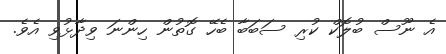
އެ ނޫސް ބުލޮކް ކުރި ސަބަބާ ބެހޭ ގޮތުން ހިންނަ ވިދާޅުވި އެވެ.